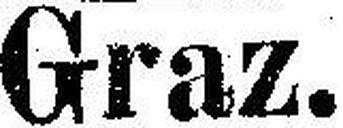
Graz.